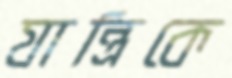
যান্ত্রিকে